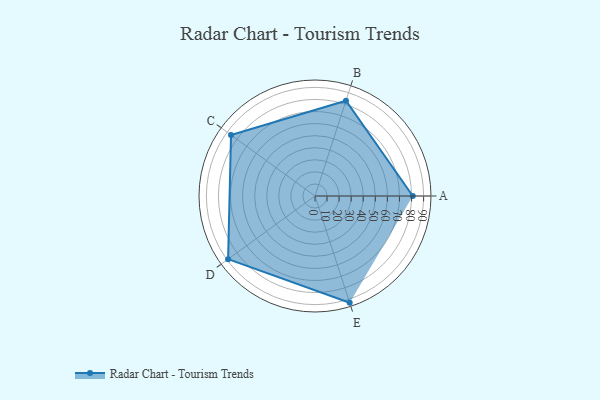
{"axis": {"x": "Skill", "y": "Score"}, "legend": ["Profile"], "data": [{"x": "A", "y": 81.0, "type": "Profile"}, {"x": "B", "y": 83.0, "type": "Profile"}, {"x": "C", "y": 86.0, "type": "Profile"}, {"x": "D", "y": 89.0, "type": "Profile"}, {"x": "E", "y": 93.0, "type": "Profile"}]}